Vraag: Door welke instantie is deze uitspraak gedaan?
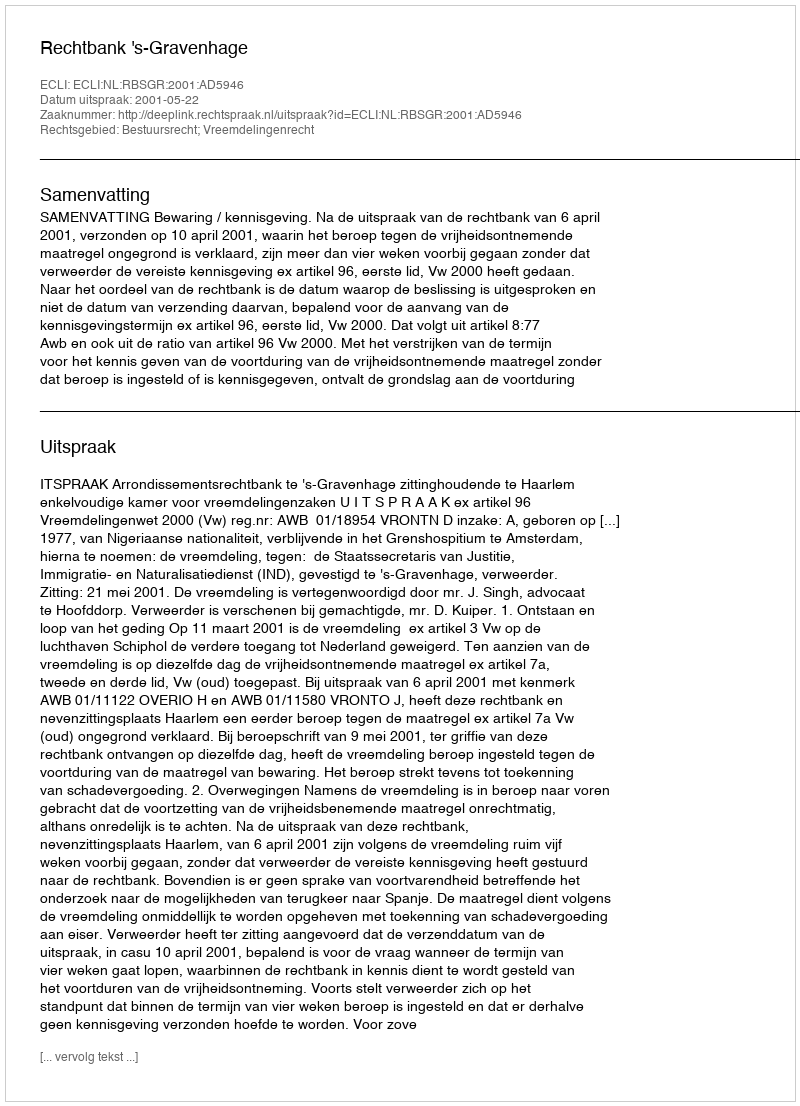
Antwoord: Rechtbank 's-Gravenhage